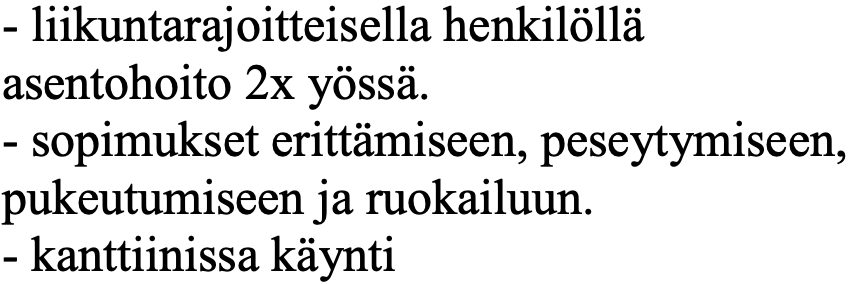
- liikuntarajoitteisella henkilöllä asentohoito 2x yössä. - sopimukset erittämiseen, peseytymiseen, pukeutumiseen ja ruokailuun. - kanttiinissa käynti